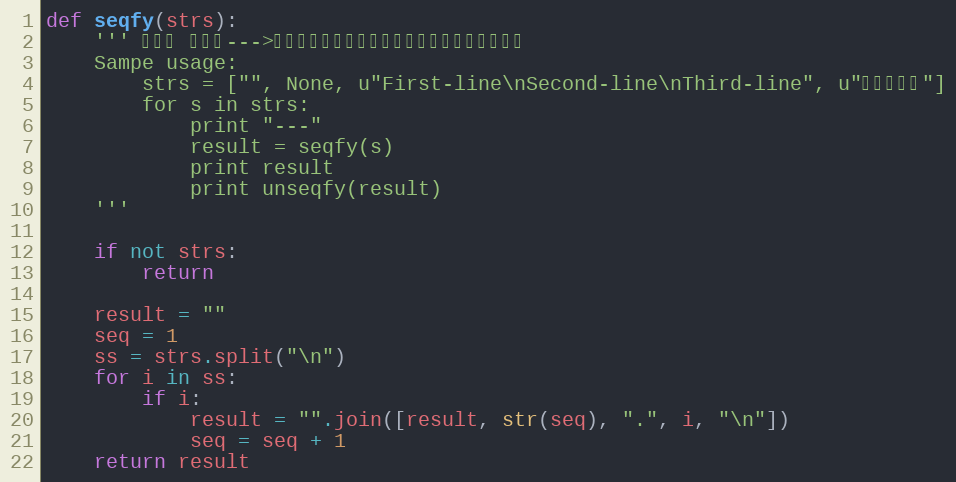
Language: Python
def seqfy(strs):
    ''' 序列化 字符串--->实际效果是，为字符串，添加行号，返回字符串
    Sampe usage:
        strs = ["", None, u"First-line\nSecond-line\nThird-line", u"没有换行符"]
        for s in strs:
            print "---"
            result = seqfy(s)
            print result
            print unseqfy(result)
    '''

    if not strs:
        return

    result = ""
    seq = 1
    ss = strs.split("\n")
    for i in ss:
        if i:
            result = "".join([result, str(seq), ".", i, "\n"])
            seq = seq + 1
    return result